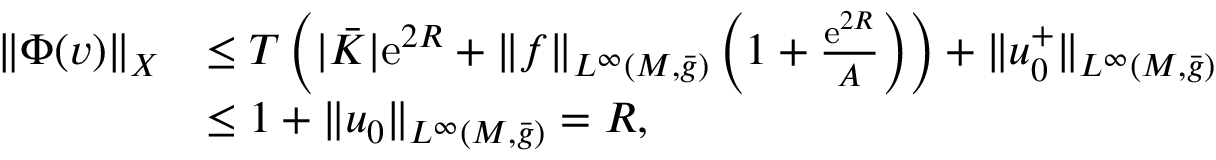
\begin{array} { r l } { \| \Phi ( v ) \| _ { X } } & { \le T \left( | \bar { K } | \mathrm { e } ^ { 2 R } + \| f \| _ { L ^ { \infty } ( M , \bar { g } ) } \left( 1 + \frac { \mathrm { e } ^ { 2 R } } { A } \right) \right) + \| u _ { 0 } ^ { + } \| _ { L ^ { \infty } ( M , \bar { g } ) } } \\ & { \le 1 + \| u _ { 0 } \| _ { L ^ { \infty } ( M , \bar { g } ) } = R , } \end{array}